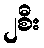
၂စီး